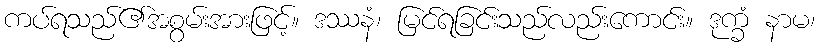
ကပ်ရသည်၏အစွမ်းအားဖြင့်။ ဒဿနံ၊ မြင်ရခြင်းသည်လည်းကောင်း။ ဒုက္ခံ နာမ၊